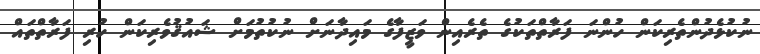
ނުކުޅެދުންތެރިކަން ހުންނަ ފަރާތްތަކުގެ ތެރެއިން ވަޒީފާގެ މައިދާނަށް ނުކުތުމަށް ޝައުޤުވެރިކަން ހުރި ފަރާތްތައް